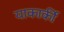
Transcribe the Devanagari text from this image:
याकार्की